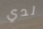
لدي